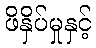
ဖိနှိပ်မှုနှင့်